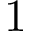
1